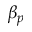
\beta _ { p }